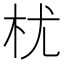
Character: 𣏞